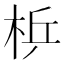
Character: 𱣓